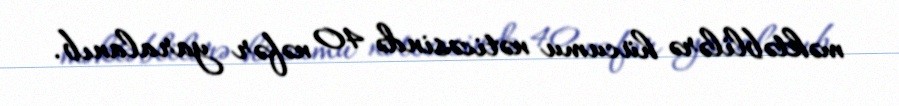
məktəblilərə hücumu nəticəsində 40 nəfər yaralanıb.